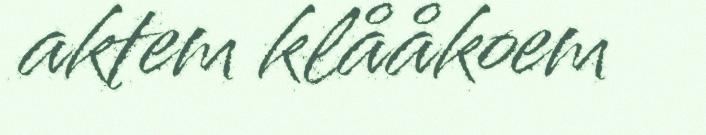
aktem klååkoem